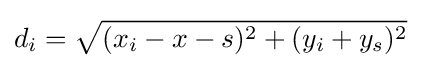
d_{i}={\sqrt {(x_{i}-x-s)^{2}+(y_{i}+y_{s})^{2}}}